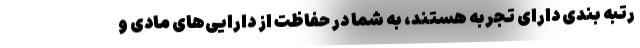
رتبه بندی دارای تجربه هستند، به شما در حفاظت از دارایی‌های مادی و